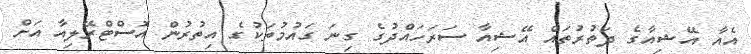
އެއާ އޭޝިއާގެ ދަތުރުތައް އޭޝިއާ ސަރަހައްދުގެ ގިނަ ގައުމުތަކުގެ އިތުރުން އޮސްޓްރޭލިއާ އަށް